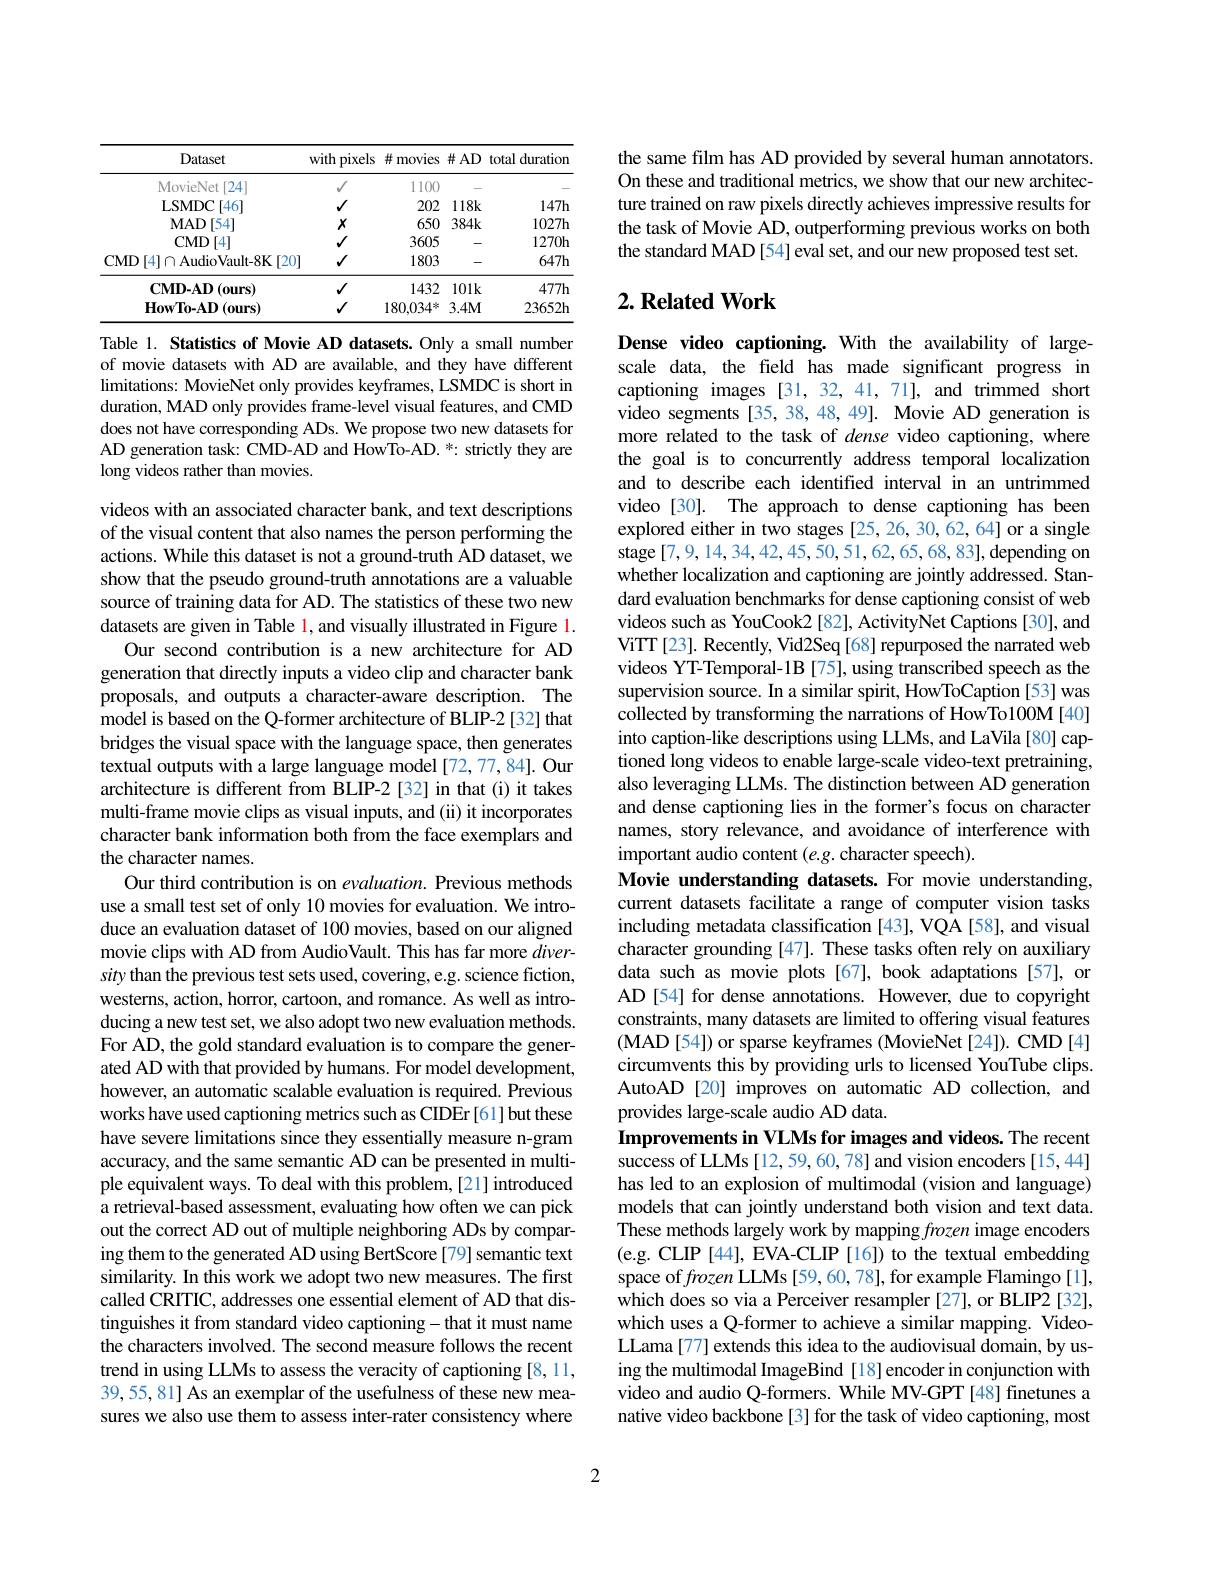
<table>
	<tbody>
		<tr>
			<th>Dataset</th>
			<th>with pixels 1</th>
			<th>并 movies</th>
			<th>$\#AD$</th>
			<th>duration total</th>
		</tr>
		<tr>
			<td>MovieNet[24]</td>
			<td>$√$</td>
			<td>11100</td>
			<td></td>
			<td> </td>
		</tr>
		<tr>
			<td>LSMDC$\left [ 46\right ]$</td>
			<td>$√$</td>
			<td>202</td>
			<td>$118k$</td>
			<td>147h</td>
		</tr>
		<tr>
			<td>$\mathbf{MAD}$ )[54]</td>
			<td>$X$</td>
			<td>650</td>
			<td>$384k$</td>
			<td>1027h</td>
		</tr>
		<tr>
			<td>$\mathbf{CMD}$ )[4]</td>
			<td>$√$</td>
			<td>3605</td>
			<td> -</td>
			<td>$1270h$</td>
		</tr>
		<tr>
			<td>CMD$\left [ 4\right ] \cap$AudioVault-8K$\left[20\right]$</td>
			<td>$√$</td>
			<td>1803</td>
			<td>-</td>
			<td>$647h$</td>
		</tr>
		<tr>
			<td>$\mathbf{CMD-AD}(ours)$</td>
			<td>$√$</td>
			<td>1432</td>
			<td>$101k$</td>
			<td>4777h</td>
		</tr>
		<tr>
			<td>$\mathbf{HowTo-AD}$ $)\left({\mathrm{ours}}\right)$</td>
			<td>$√$</td>
			<td>$180,034^{*}$</td>
			<td>$3.4M$</td>
			<td>23652h</td>
		</tr>
	</tbody>
</table>
Table 1. Statistics of Movie AD datasets. Only a small number

of movie datasets with AD are available, and they have different limitations: MovieNet only provides keyframes, LSMDC is short in duration, MAD only provides frame-level visual features, and CMD does not have corresponding ADs. We propose two new datasets for AD generation task: CMD-AD and HowTo-AD. *: strictly they are long videos rather than movies.

videos with an associated character bank, and text descriptions of the visual content that also names the person performing the actions. While this dataset is not a ground-truth AD dataset, we show that the pseudo ground-truth annotations are a valuable source of training data for AD. The statistics of these two new datasets are given in Table l, and visually illustrated in Figure 1.
Our second contribution is a new architecture for AD generation that directly inputs a video clip and character bank proposals, and outputs a character-aware description. The model is based on the Q-former architecture of BLIP-2 [32] that bridges the visual space with the language space, then generates textual outputs with a large language model [72,77,84]. Our architecture is different from BLIP-2 [32] in that (i) it takes multi-frame movie clips as visual inputs, and (ii) it incorporates character bank information both from the face exemplars and the character names.
Our third contribution is on evaluation. Previous methods use a small test set of only 10 movies for evaluation. We introduce an evaluation dataset of 100 movies, based on our aligned movie clips with AD from AudioVault. This has far more $diver-$ sity than the previous test sets used, covering, e.g. science fiction, westerns, action, horror, cartoon, and romance. As well as introducing a new test set, we also adopt two new evaluation methods. For AD, the gold standard evaluation is to compare the generated AD with that provided by humans. For model development, however, an automatic scalable evaluation is required. Previous works have used captioning metrics such as CIDEr [61]but these have severe limitations since they essentially measure n-gram accuracy, and the same semantic AD can be presented in multiple equivalent ways. To deal with this problem,[21] introduced a retrieval-based assessment, evaluating how often we can pick out the correct AD out of multiple neighboring ADs by comparing them to the generated AD using BertScore [79] semantic text similarity. In this work we adopt two new measures. The first called CRITIC, addresses one essential element of AD that distinguishes it from standard video captioning- that it must name the characters involved. The second measure follows the recent trend in using LLMs to assess the veracity of captioning [8,11, 39,55,81] As an exemplar of the usefulness of these new measures we also use them to assess inter-rater consistency where

the same film has AD provided by several human annotators. On these and traditional metrics, we show that our new architecture trained on raw pixels directly achieves impressive results for the task of Movie AD, outperforming previous works on both the standard MAD [54] eval set, and our new proposed test set.

## $2. \textbf{Related Work}$

Dense video captioning. With the availability of largescale data, the field has made significant progress in captioning images [31,32,41,71], and trimmed short video segments [35, 38, 48, 49]. Movie AD generation is more related to the task of dense video captioning, where the goal is to concurrently address temporal localization and to describe each identified interval in an untrimmed video [30]. The approach to dense captioning has been explored either in two stages [25,26,30,62,64] or a single stage [7,9,14,34,42,45,50,51,62,65,68,83],depending on whether localization and captioning are jointly addressed. Standard evaluation benchmarks for dense captioning consist of web videos such as YouCook2 [82], ActivityNet Captions [30], and ViTT[23]. Recently, Vid2Seq[68] repurposed the narrated web videos YT-Temporal-1B [75], using transcribed speech as the supervision source. In a similar spirit, HowToCaption [53] was collected by transforming the narrations of HowTo100M[40] into caption-like descriptions using LLMs, and LaVila [80] captioned long videos to enable large-scale video-text pretraining, also leveraging LLMs. The distinction between AD generation and dense captioning lies in the former's focus on character names, story relevance, and avoidance of interference with important audio content $(e.g.$ character speech).
Movie understanding datasets. For movie understanding, current datasets facilitate a range of computer vision tasks including metadata classification [43], VQA [58], and visual character grounding [47]. These tasks often rely on auxiliary data such as movie plots [67], book adaptations [57], or AD [54] for dense annotations. However, due to copyright constraints, many datasets are limited to offering visual features ( MAD[ 54] ) or sparse keyframes ( MovieNet [ 24] ) . CMD [ 4] circumvents this by providing urls to licensed YouTube clips. AutoAD[20] improves on automatic AD collection, and provides large-scale audio AD data.
Improvements in VLMs for images and videos. The recent success of LLMs [12,59,60,78] and vision encoders [15,44] has led to an explosion of multimodal (vision and language) models that can jointly understand both vision and text data. These methods largely work by mapping frozen image encoders (e.g. CLIP[44], EVA-CLIP[16]) to the textual embedding space of frozen LLMs [59,60,78], for example Flamingo [1], which does so via a Perceiver resampler [27], or BLIP2 [32], which uses a Q-former to achieve a similar mapping. VideoLLama [77] extends this idea to the audiovisual domain, by using the multimodal ImageBind [18]encoder in conjunction with video and audio Q-formers. While MV-GPT [48] finetunes a native video backbone [3] for the task of video captioning, most

2